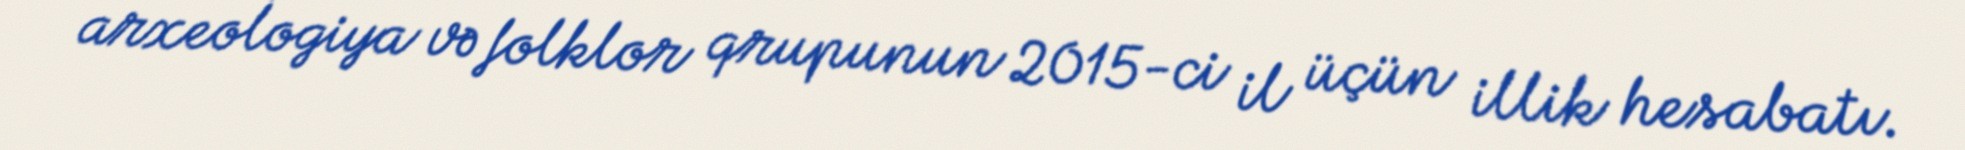
arxeologiya və folklor qrupunun 2015-ci il üçün illik hesabatı.